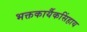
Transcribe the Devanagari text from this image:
भक्तकार्यैकसिंहाय